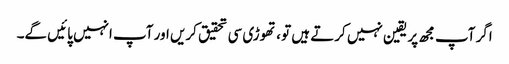
اگر آپ مجھ پر یقین نہیں کرتے ہیں تو ، تھوڑی سی تحقیق کریں اور آپ انہیں پائیں گے۔